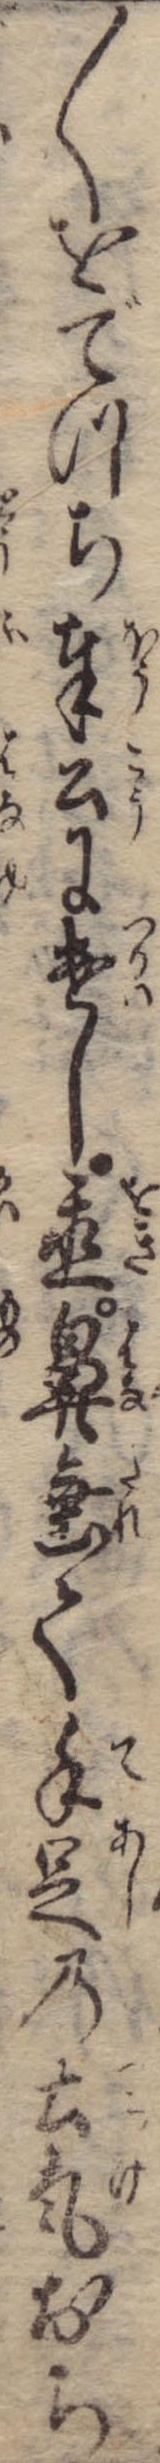
〱をでつち奉公に遣し置鼻垂て手足の土気おち